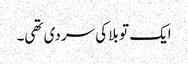
ایک تو بلا کی سردی تھی۔